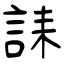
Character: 誄